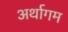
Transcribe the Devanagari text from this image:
अर्थागम